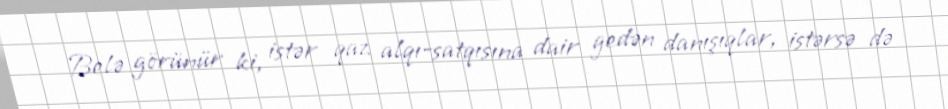
Belə görünür ki, istər qaz alqı-satqısına dair gedən danışıqlar, istərsə də